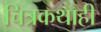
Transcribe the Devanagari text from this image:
चित्रकथाही